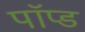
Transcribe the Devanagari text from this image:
पॉप्ड